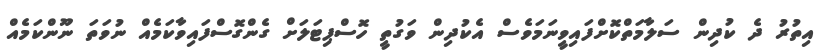
އިތުރު ދެ ކުދިން ސަލާމަތްކޮށްފައިވީނަމަވެސް އެކުދިން ވަގުތީ ހޮސްޕިޓަލަށް ގެންގޮސްފައިވާކަމެއް ނުވަތަ ނޫންކަމެއް